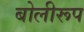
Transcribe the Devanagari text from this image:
बोलीरूप